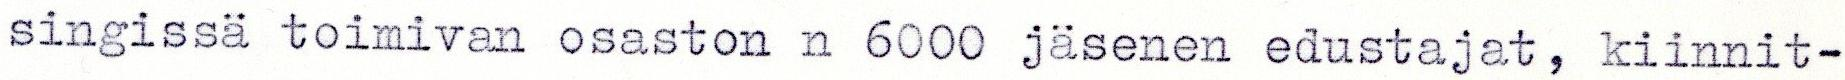
singissä toimivan osaston n 6000 jäsenen edustajat, kiinnit-